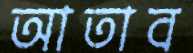
আতাব